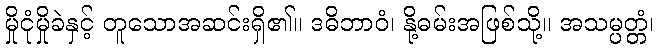
မှိုငုံမှိုခဲနှင့် တူသောအဆင်းရှိ၏။ ဒဓိဘာဝံ၊ နို့ဓမ်းအဖြစ်သို့။ အသမ္ပတ္တံ၊